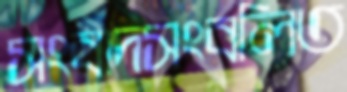
সংবাদসংবলিত